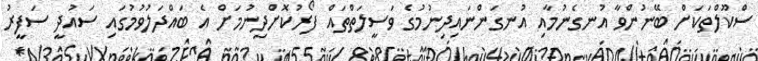
ސްކޫލްތަކަށް ބޭނުންވާ އުނގެނުމާއި އުނގަންނައިދިނުމުގެ ވަސީލަތްތައް ފޯރުކޮށްދިނުމަށް އެ ބައްދަލުވުމުގައި ސައުދީ ސަފީރު